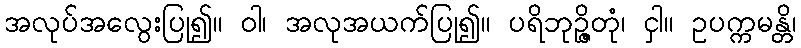
အလုပ်အလွေးပြု၍။ ဝါ၊ အလုအယက်ပြု၍။ ပရိဘုဉ္ဇိတုံ၊ ငှါ။ ဥပက္ကမန္တိ၊